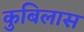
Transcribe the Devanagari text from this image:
कुबिलास